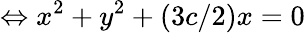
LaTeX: \Leftrightarrow x^{2}+y^{2}+(3c/2)x=0